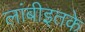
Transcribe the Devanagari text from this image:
लांबीइतके